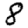
Digit: 8